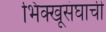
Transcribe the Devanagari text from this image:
भिक्खूसंघाची